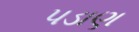
પડાણ